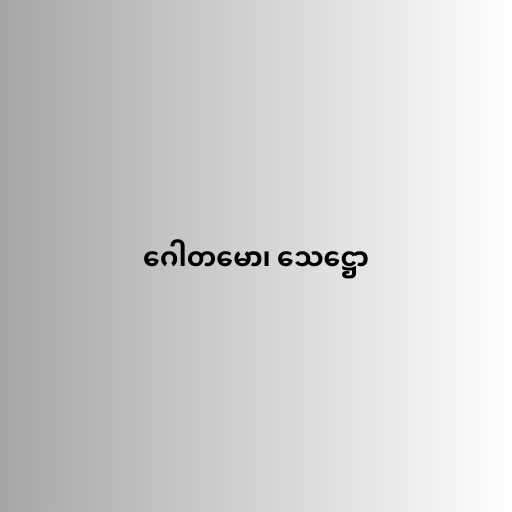
ဂေါတမော၊ သေဋ္ဌော